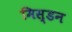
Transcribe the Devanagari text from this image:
मिस्डन